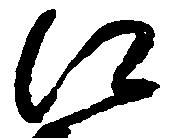
江